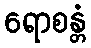
ရောစန္တံ